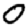
Digit: 0